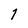
Character: 1